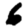
Digit: 6